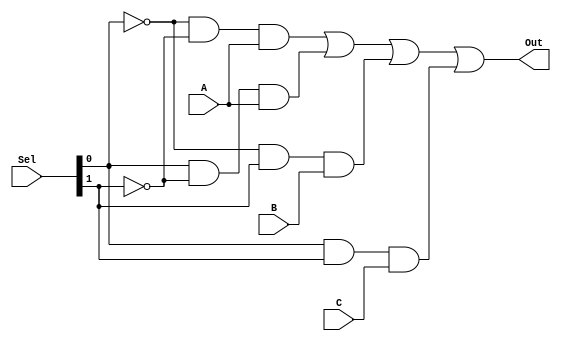
module Mux_3_1(Out, A, B, C, Sel);

input[1:0] Sel;
input A, B, C;
output Out;

// (00) A -|\
// (01) A -| |- Out
// (10) B -| |
// (11) C -|/
//          |
//         Sel[1:0]

assign Out = (~Sel[0] & ~Sel[1] & A) |
			(Sel[0] & ~Sel[1] & A) |
			 (~Sel[0]  & Sel[1] & B) |
			 (Sel[0]  & Sel[1] & C);

endmodule